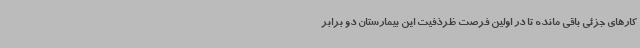
کارهای جزئی باقی مانده تا در اولین فرصت ظرذفیت این بیمارستان دو برابر